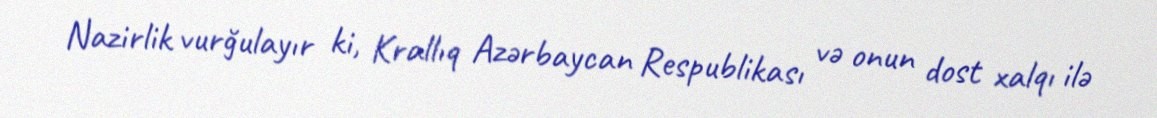
Nazirlik vurğulayır ki, Krallıq Azərbaycan Respublikası və onun dost xalqı ilə